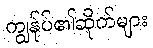
ကျွန်ုပ်၏ဆိုက်များ